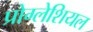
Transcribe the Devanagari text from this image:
प्रोग्लेशियल